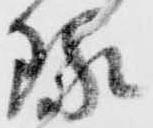
琢